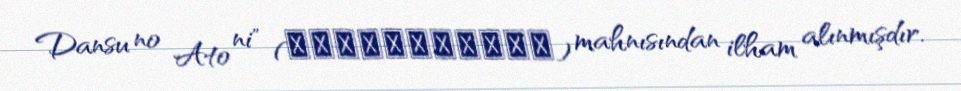
Dansu no Ato ni" (さよならはダンスの後に) mahnısından ilham alınmışdır.